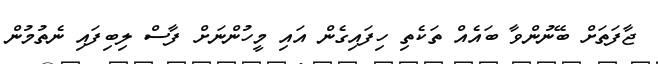
ޖާފަތަށް ބޭނުންވާ ބައެއް ތަކެތި ހިފައިގެން އައި މީހުންނަށް ފާސް ލިބިފައި ނެތުމުން